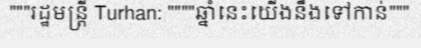
"""រដ្ឋមន្ត្រី Turhan: """"ឆ្នាំនេះយើងនឹងទៅកាន់"""